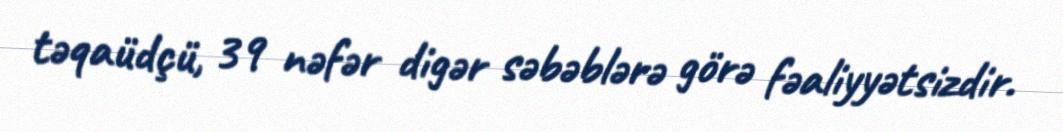
təqaüdçü, 39 nəfər digər səbəblərə görə fəaliyyətsizdir.